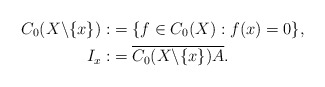
\begin{align*}C_{0}(X\backslash \{x\}):&=\{f \in C_{0}(X): f(x)=0\}, \\I_{x}:&= \overline{C_{0}(X\backslash \{x\})A}.\end{align*}